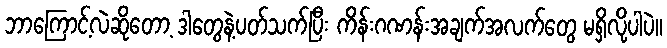
ဘာကြောင့်လဲဆိုတော့ ဒါတွေနဲ့ပတ်သက်ပြီး ကိန်းဂဏန်းအချက်အလက်တွေ မရှိလို့ပါပဲ။